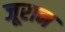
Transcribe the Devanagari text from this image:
जूरान